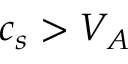
c _ { s } > V _ { A }